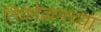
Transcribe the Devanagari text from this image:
तिकोल्लमच्या